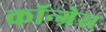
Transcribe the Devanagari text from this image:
कॉन्‍ग्रेस